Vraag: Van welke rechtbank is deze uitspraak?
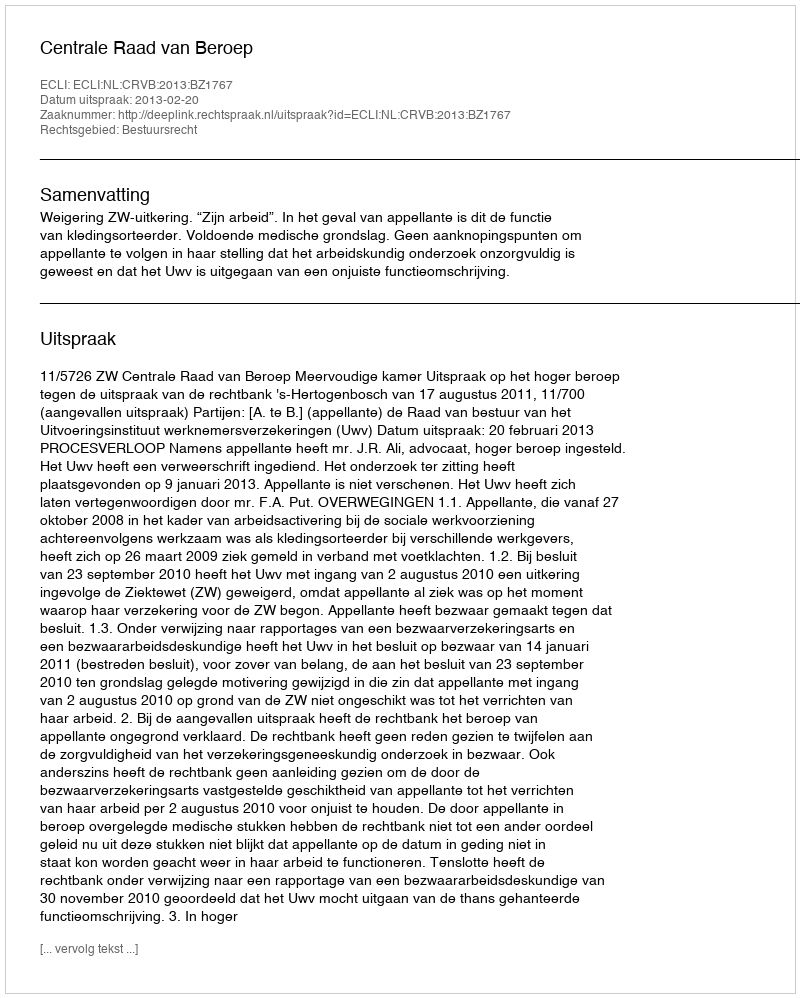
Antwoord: Centrale Raad van Beroep